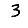
Digit: 3